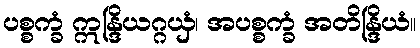
ပစ္စက္ခံ ဣန္ဒြိယဂ္ဂယှံ၊ အပစ္စက္ခံ အတိန္ဒြိယံ။